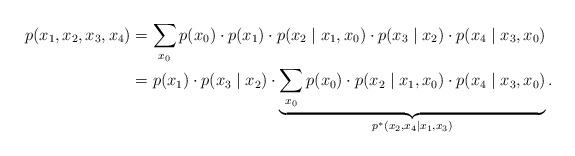
LaTeX: \begin{align*}p(x_1, x_2, x_3, x_4) &= \sum_{x_0} p(x_0) \cdot p(x_1) \cdot p(x_2 \mid x_1, x_0) \cdot p(x_3 \mid x_2) \cdot p(x_4 \mid x_3, x_0)\\&= p(x_1) \cdot p(x_3 \mid x_2) \cdot \underbrace{\sum_{x_0} p(x_0) \cdot p(x_2 \mid x_1, x_0) \cdot p(x_4 \mid x_3, x_0)}_{p^*(x_2, x_4 \mid x_1, x_3)}.\end{align*}